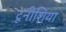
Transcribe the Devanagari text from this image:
टूनीशिया